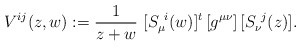
\begin{align*}V^{ij}(z,w) := {1\over z+w}\ [S_\mu^{\ i}(w)]^t\,[g^{\mu\nu}]\,[S_\nu^{\ j}(z)] .\end{align*}